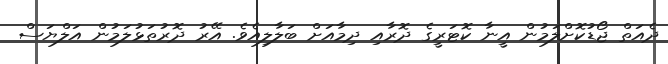
ދެއަތް ޖޯޑުކޮށްލަމުން އީނާ ކޮޓަރީގެ ދޮރާއި ދިމާއަށް ބަލާލިއެވެ. އޭރު ދޮރުތަޅުލަމުން އަލްޔަސް